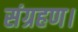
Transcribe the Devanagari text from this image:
संग्रहण।